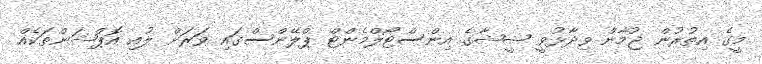
މީގެ އިތުރުން ޖުމާން ވިދާޅުވީ ޝީޝާގެ އިންސްޓޯލްމެންޓް ޕްލޭންސްގައި ވަރަށް ލުއި އޮޕްޝަންތަކެއް